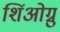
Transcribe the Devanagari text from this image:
शिंओग्नु